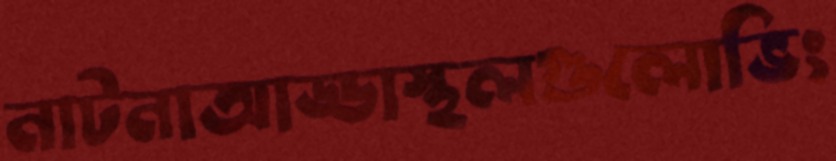
নাটনাআড্ডাস্থলগুলোভিং